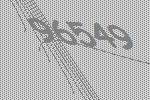
96549